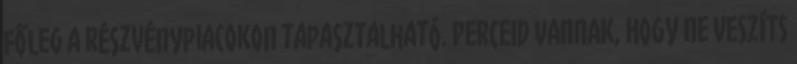
főleg a részvénypiacokon tapasztalható. PERCEID VANNAK, HOGY NE VESZÍTS